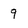
Character: 9